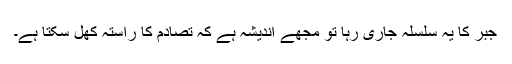
جبر کا یہ سلسلہ جاری رہا تو مجھے اندیشہ ہے کہ تصادم کا راستہ کھل سکتا ہے۔